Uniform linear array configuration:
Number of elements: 24
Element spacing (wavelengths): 0.5
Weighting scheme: hamming
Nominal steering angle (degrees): -60
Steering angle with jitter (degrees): -60.336
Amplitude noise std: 0.05
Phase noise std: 0.05

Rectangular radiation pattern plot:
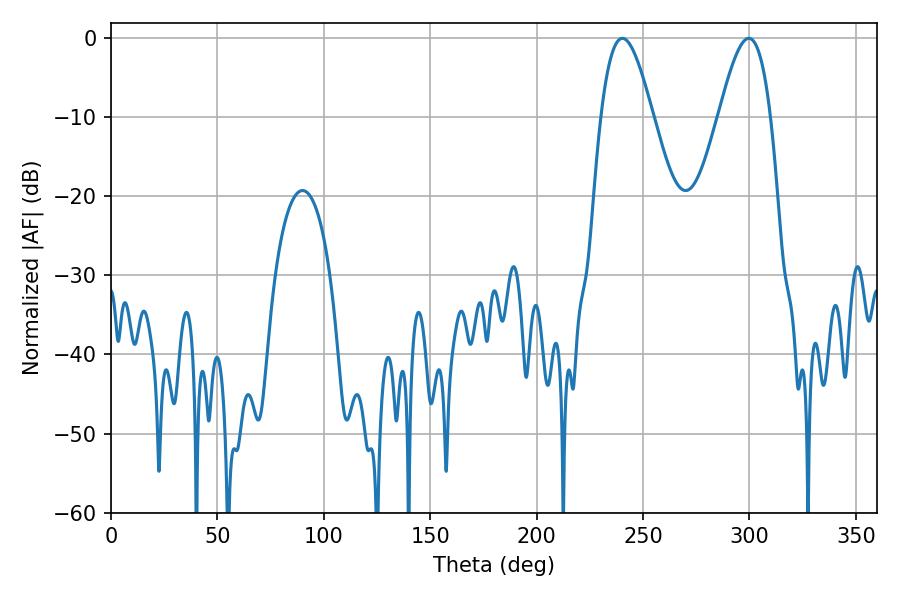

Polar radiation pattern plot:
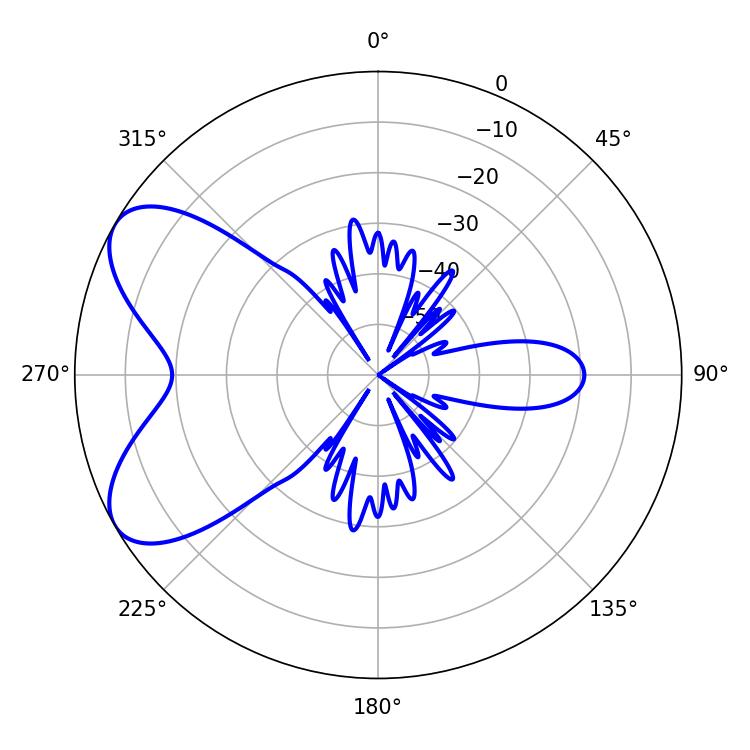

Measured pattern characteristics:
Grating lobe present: FALSE
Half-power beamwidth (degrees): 13.14
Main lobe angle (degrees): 240.3